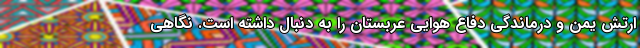
ارتش یمن و درماندگی دفاع هوایی عربستان را به دنبال داشته است. نگاهی